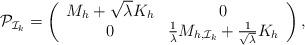
LaTeX: \begin{align*} \mathcal{P}_{\mathcal{I}_{k}} = \left( \begin{array}{cc} M_h + \sqrt{\lambda} K_h & 0 \\ 0 & \frac{1}{\lambda}M_{h,\mathcal{I}_{k}} + \frac{1}{\sqrt{\lambda}} K_h \end{array} \right),\end{align*}